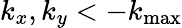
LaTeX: k_{x},k_{y}<-k_{\mathrm{max}}